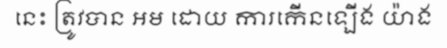
នេះ ត្រូវបាន អម ដោយ ការកើនឡើង យ៉ាង